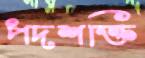
পদশক্তি